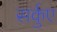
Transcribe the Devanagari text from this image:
सर्कुए